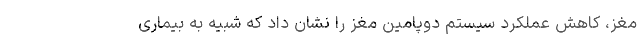
مغز، کاهش عملکرد سیستم دوپامین مغز را نشان داد که شبیه به بیماری